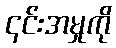
၎င်းအမှုကို